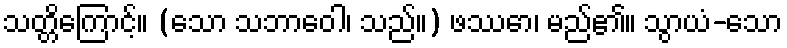
သတ္တိကြောင့်။ (သော သဘာဝေါ၊ သည်။) ဖဿော၊ မည်၏။ သွာယံ-သော